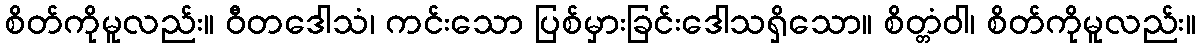
စိတ်ကိုမူလည်း။ ဝီတဒေါသံ၊ ကင်းသော ပြစ်မှားခြင်းဒေါသရှိသော။ စိတ္တံဝါ၊ စိတ်ကိုမူလည်း။